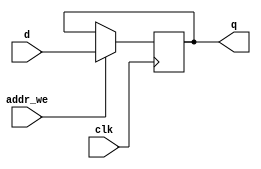
// D flip flop that holds serial output of the shift register

module dflipflop
(
	input clk,
	input d,
	input addr_we,
	output reg q
);

	always @(posedge clk) begin  //update on every clock edge
		if (addr_we)
			q<=d;
	end
endmodule